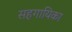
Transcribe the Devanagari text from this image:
सहगायिका